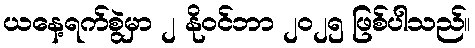
ယနေ့ရက်စွဲမှာ ၂ နိုဝင်ဘာ ၂၀၂၅ ဖြစ်ပါသည်။